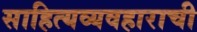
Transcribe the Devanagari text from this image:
साहित्यव्यवहाराची